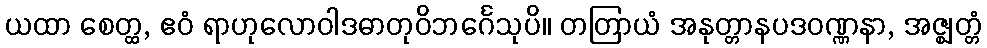
ယထာ စေတ္ထ, ဧဝံ ရာဟုလောဝါဒဓာတုဝိဘင်္ဂေသုပိ။ တတြာယံ အနုတ္တာနပဒဝဏ္ဏနာ, အဇ္ဈတ္တံ